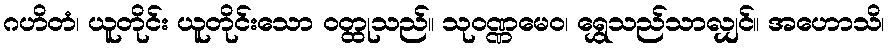
ဂဟိတံ၊ ယူတိုင်း ယူတိုင်းသော ဝတ္ထုသည်။ သုဝဏ္ဏမေဝ၊ ရွှေသည်သာလျှင်။ အဟောသိ၊